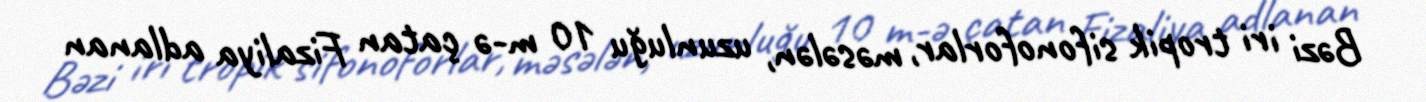
Bəzi iri tropik sifonoforlar, məsələn, uzunluğu 10 m-ə çatan Fizaliya adlanan